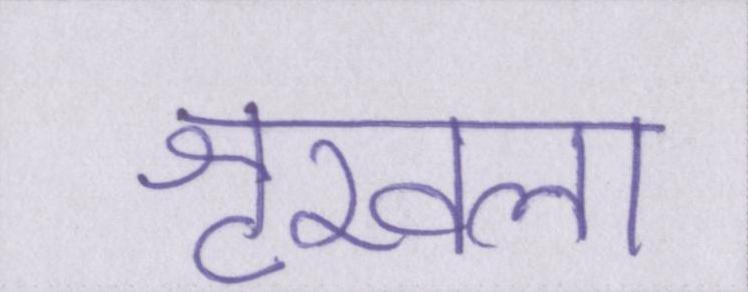
शृखला